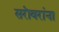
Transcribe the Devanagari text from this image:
सरॊवरांना